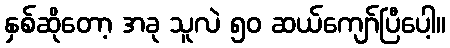
နှစ်ဆိုတော့ အခု သူလဲ ၅၀ ဆယ်ကျော်ပြီပေါ့။